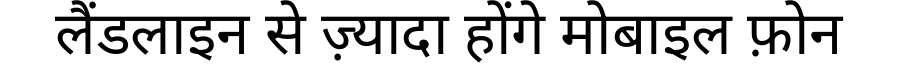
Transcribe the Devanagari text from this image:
लैंडलाइन से ज़्यादा होंगे मोबाइल फ़ोन